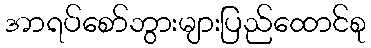
အာရပ်စော်ဘွားများပြည်ထောင်စု